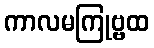
ကာလမကြုဗ္ဗထ